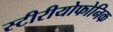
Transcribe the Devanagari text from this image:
स्टीरीयोफोनिक